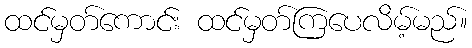
ထင်မှတ်ကောင်း ထင်မှတ်ကြပေလိမ့်မည်။